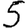
Digit: 5